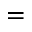
=